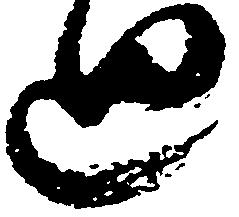
廻